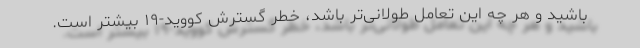
باشید و هر چه این تعامل طولانی‌تر باشد، خطر گسترش کووید-۱۹ بیشتر است.